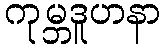
ကုမ္ဘဒူဟနာ